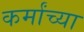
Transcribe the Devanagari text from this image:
कर्मांच्या